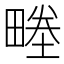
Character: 畻